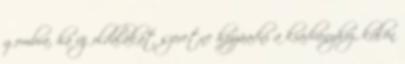
gombra, ha új oldalakat szeretne hozzáadni a kiadványhoz, külön